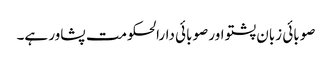
صوبائی زبان پشتو اور صوبائی دارالحکومت پشاور ہے۔